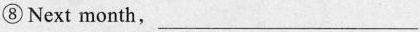
⑧Next month, ___